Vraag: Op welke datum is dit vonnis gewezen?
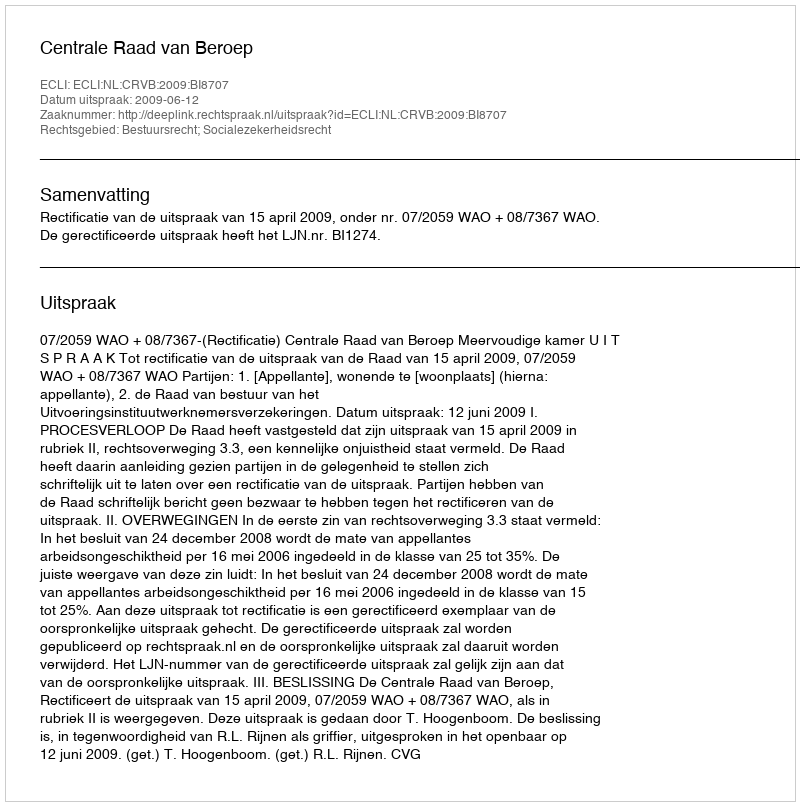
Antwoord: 2009-06-12